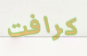
كرافت